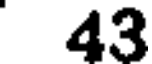
43